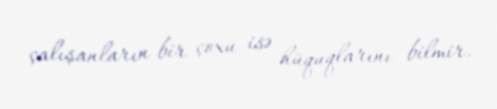
çalışanların bir çoxu isə hüquqlarını bilmir.